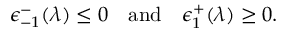
\epsilon _ { - 1 } ^ { - } ( \lambda ) \leq 0 \quad \mathrm { a n d } \quad \epsilon _ { 1 } ^ { + } ( \lambda ) \geq 0 .